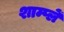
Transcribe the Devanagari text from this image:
शाम्प्लें